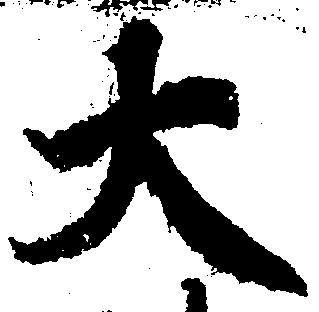
大